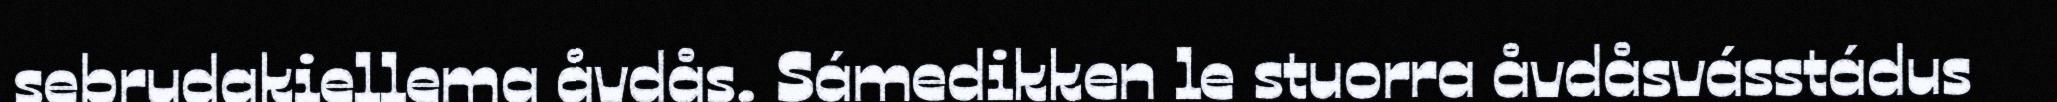
sebrudakiellema åvdås. Sámedikken le stuorra åvdåsvásstádus